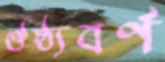
ঔষ্ঠ্যবর্ণ